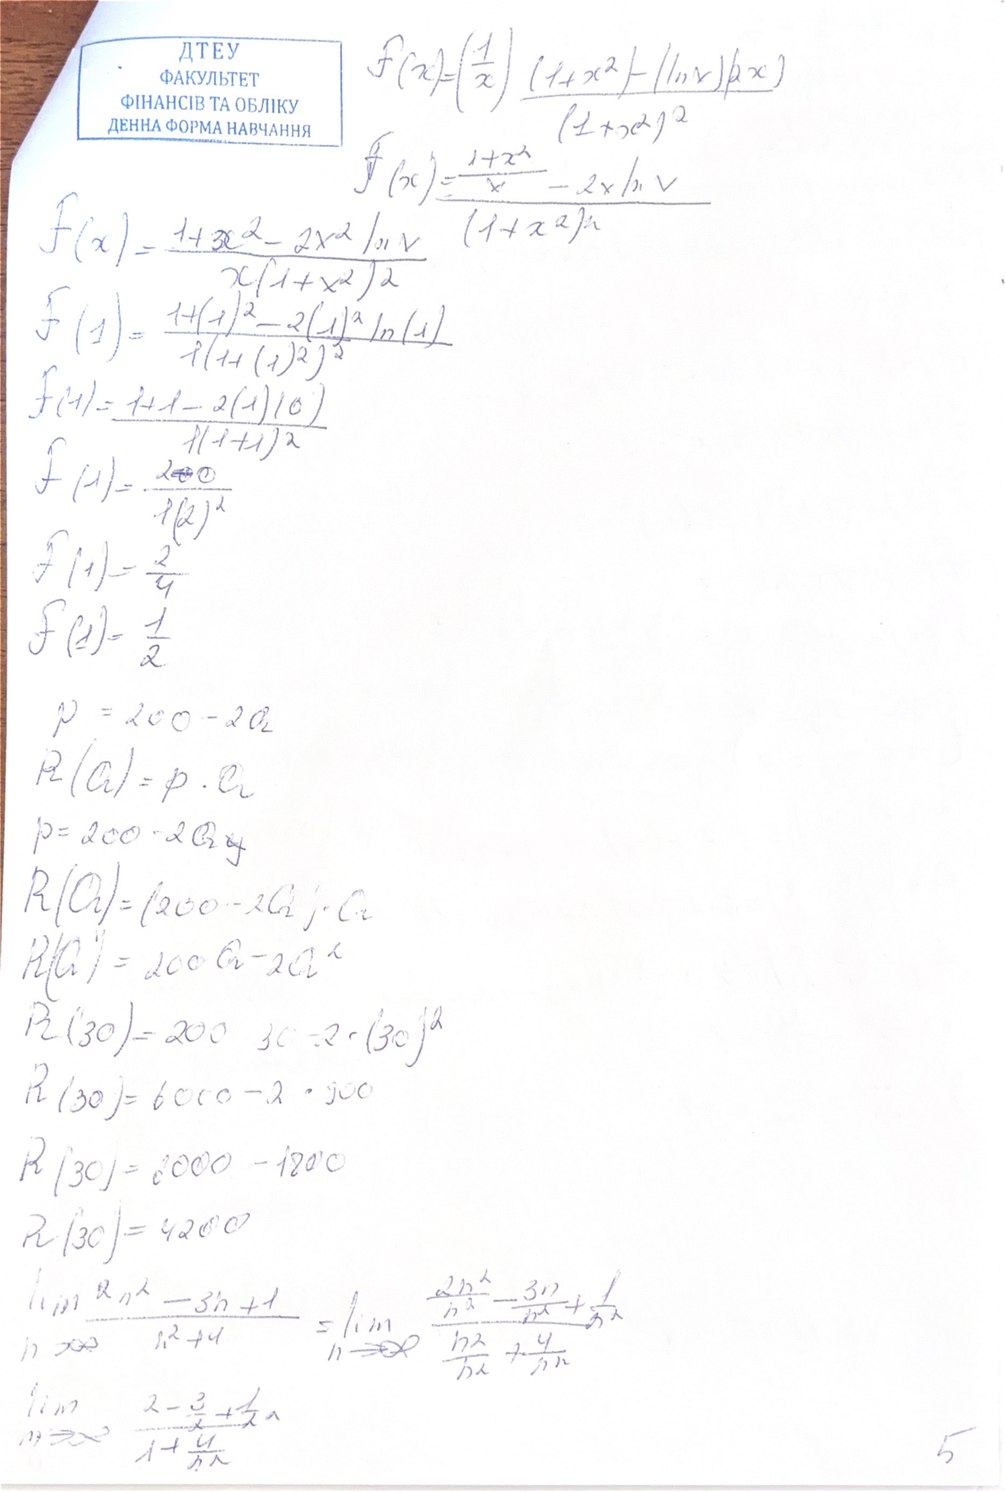
f'(x) = \frac{(\frac{1}{x})(1+x^2) - (\ln x)(2x)}{(1+x^2)^2}
f'(x) = \frac{\frac{1+x^2}{x} - 2x \ln x}{(1+x^2)^2}
f'(x) = \frac{1 + x^2 - 2x^2 \ln x}{x(1 + x^2)^2}
f'(1) = \frac{1 + 1^2 - 2*1^2 \ln 1}{1(1 + 1^2)^2}
f'(1) = \frac{1 + 1 - 2 (1)(0)}{1(1 + 1)^2}
f'(1) = \frac{2~~[illegible]~~0}{1⋅2^2}
f'(1)  = 2/4
f'(1) = 1/2
p = 200 - 2Q
R(Q) = p⋅Q
p = 200 - 2Q~~y~~
R(Q) = (200-2Q)⋅Q
R(Q) = 200Q - 2Q^2
R(30) = 200 ⋅30 - 2⋅ (30)²
R(30) = 6000 - 2 ⋅ 900
R(30) = 6000 - 1800
R(30) = 4200
\lim_{n \to \infty} \frac{2n^2 - 3n + 1}{n^2 + 4} = \lim_{n \to \infty} \frac{\frac{2n^2}{n^2} - \frac{3n}{n^2} + \frac{1}{n^2}}{\frac{n^2}{n^2} + \frac{4}{n^2}}
\lim_{n \to \infty} \frac{2 - \frac{3}{n} + \frac{1}{n^2}}{1 + \frac{4}{n^2}}
5